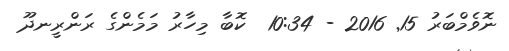
ނޮވެމްބަރު 15